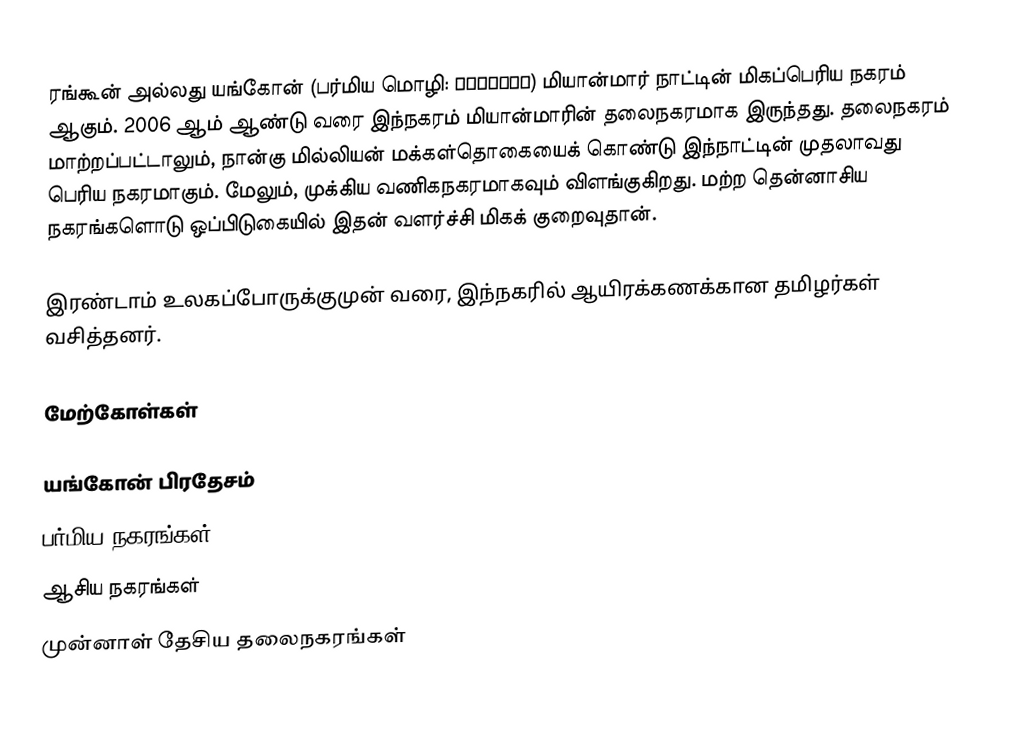
ரங்கூன் அல்லது யங்கோன் (பர்மிய மொழி: ရန္ကုန္) மியான்மார் நாட்டின் மிகப்பெரிய நகரம் ஆகும். 2006 ஆம் ஆண்டு வரை இந்நகரம் மியான்மாரின் தலைநகரமாக இருந்தது. தலைநகரம் மாற்றப்பட்டாலும், நான்கு மில்லியன் மக்கள்தொகையைக் கொண்டு இந்நாட்டின் முதலாவது பெரிய நகரமாகும். மேலும், முக்கிய வணிகநகரமாகவும் விளங்குகிறது. மற்ற தென்னாசிய நகரங்களொடு ஒப்பிடுகையில் இதன் வளர்ச்சி மிகக் குறைவுதான்.

இரண்டாம் உலகப்போருக்குமுன் வரை, இந்நகரில் ஆயிரக்கணக்கான தமிழர்கள் வசித்தனர்.

மேற்கோள்கள்

யங்கோன் பிரதேசம்
பர்மிய நகரங்கள்
ஆசிய நகரங்கள்
முன்னாள் தேசிய தலைநகரங்கள்